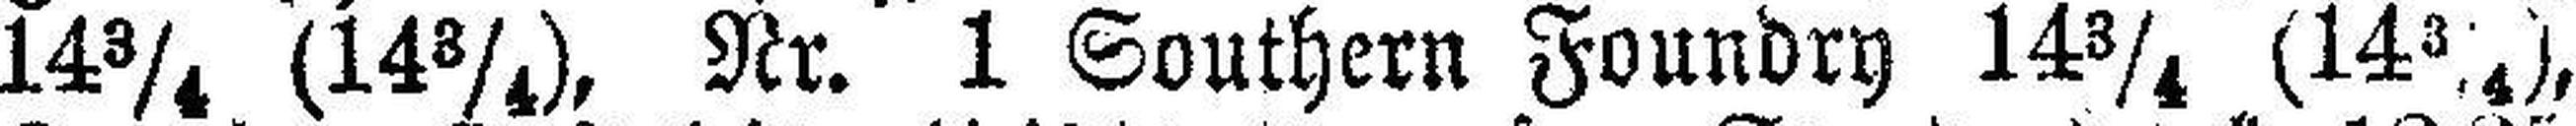
14¾ (14¾), Nr. 1 Southern Foundry 14¾ (14¾),